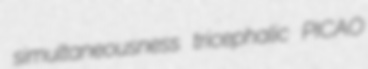
simultaneousness tricephalic PICAO